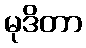
မုဒိတာ